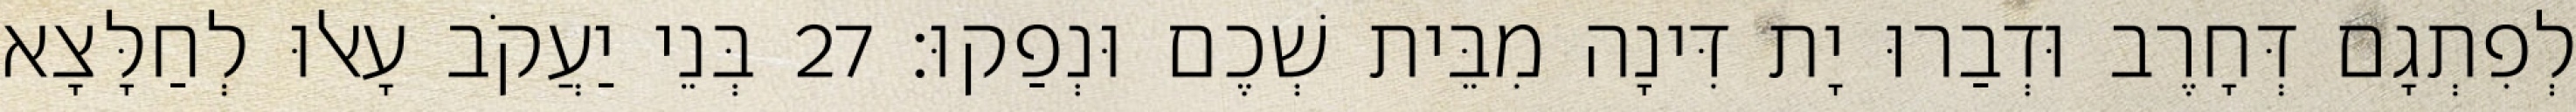
לְפִתְגָם דְּחָרֶב וּדְבַרוּ יָת דִּינָה מִבֵּית שְׁכֶם וּנְפַקוּ׃ 27 בְּנֵי יַעֲקֹב עָאלוּ לְחַלָּצָא